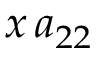
x \, a _ { 2 2 }